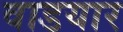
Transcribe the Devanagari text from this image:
वाडयार